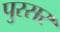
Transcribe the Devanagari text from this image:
पुरसर